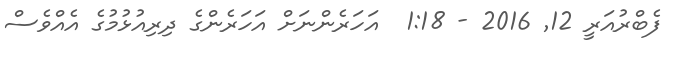
ފެބްރުއަރީ 12